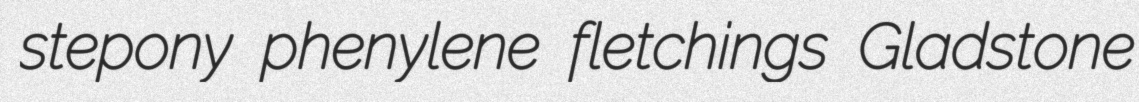
stepony phenylene fletchings Gladstone